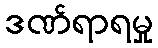
ဒဏ်ရာရမှု